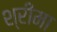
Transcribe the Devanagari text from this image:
श्रीमा